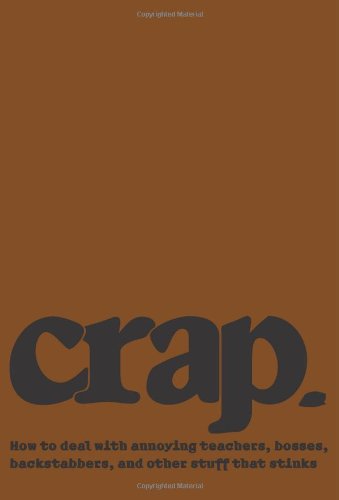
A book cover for Crap: How to deal with annoying teachers, bosses, backstabbers, and other stuff that stinks; Erin Elisabeth Conley; Teen & Young Adult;